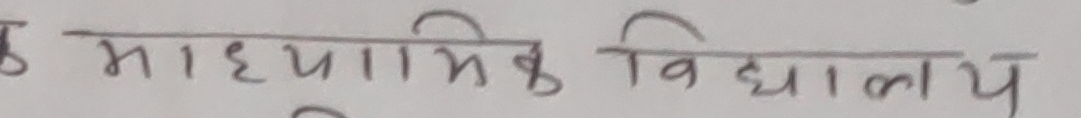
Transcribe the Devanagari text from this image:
के माध्यमिक विद्यालय